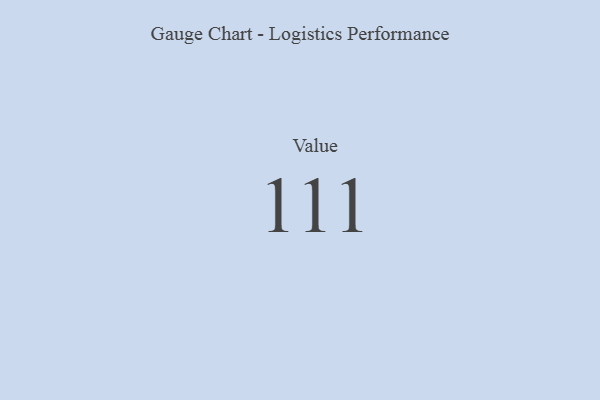
{"axis": {"x": "Metric", "y": "Value"}, "legend": [""], "data": [{"x": "Value", "y": 111, "type": ""}]}